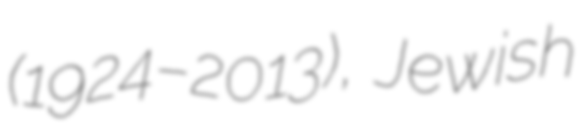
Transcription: (1924–2013), Jewish